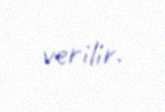
verilir.